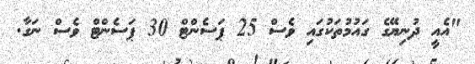
"އެއީ ދުނިޔޭގެ ގައުމުތަކުގައި ވެސް 25 ޕަސެންޓް 30 ޕަސެންޓް ވެސް ނަގާ.